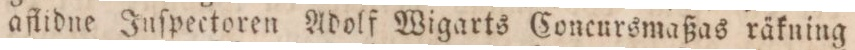
aflidne Inſpectoren Adolf Wigarts Concursmaßas räkning